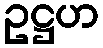
ဥဋ္ဌဟ